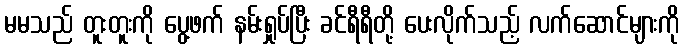
မမသည် တူးတူးကို ပွေ့ဖက် နမ်းရှုပ်ပြီး ခင်ရီရီတို့ ပေးလိုက်သည့် လက်ဆောင်များကို